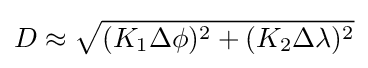
D\approx {\sqrt {(K_{1}\Delta \phi )^{2}+(K_{2}\Delta \lambda )^{2}}}